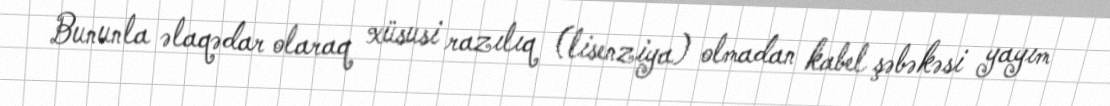
Bununla əlaqədar olaraq xüsusi razılıq (lisenziya) olmadan kabel şəbəkəsi yayım